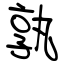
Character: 孰